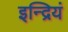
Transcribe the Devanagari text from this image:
इन्द्रियं